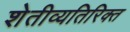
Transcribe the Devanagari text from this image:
शेतीव्यतिरिक्त